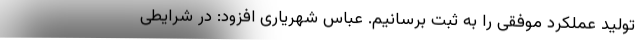
تولید عملکرد موفقی را به ثبت برسانیم. عباس شهریاری افزود: در شرایطی